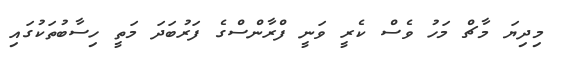
މިދިޔަ މާޗް މަހު ވެސް ކެރީ ވަނީ ފްރާންސްގެ ފަރުބަދަ މަތީ ހިސާބުތަކުގައި